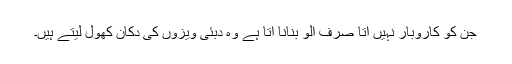
جن کو کاروبار نہیں آتا صرف الو بنانا آتا ہے وہ دبئی ویزوں کی دکان کھول لیتے ہیں۔